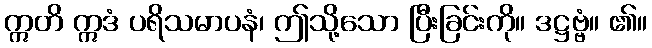
ဣတိ ဣဒံ ပရိသမာပနံ၊ ဤသို့သော ပြီးခြင်းကို။ ဒဋ္ဌဗ္ဗံ။ ၏။